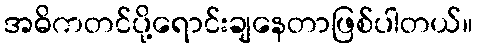
အဓိကတင်ပို့ရောင်းချနေတာဖြစ်ပါတယ်။